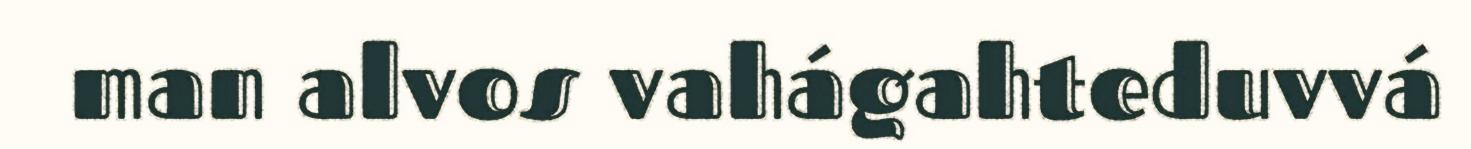
man alvos vahágahteduvvá